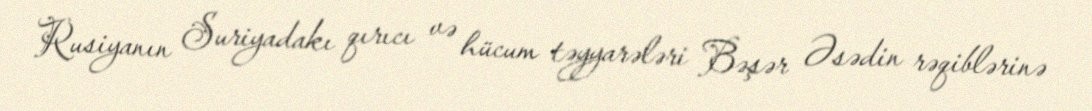
Rusiyanın Suriyadakı qırıcı və hücum təyyarələri Bəşər Əsədin rəqiblərinə